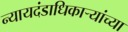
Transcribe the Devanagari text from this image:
न्यायदंडाधिकार्‍यांच्या